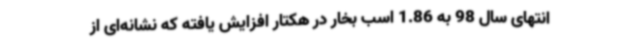
انتهای سال 98 به 1.86 اسب بخار در هکتار افزایش یافته که نشانه‌ای از